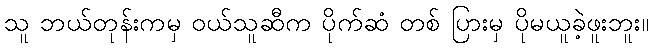
သူ ဘယ်တုန်းကမှ ဝယ်သူဆီက ပိုက်ဆံ တစ် ပြားမှ ပိုမယူခဲ့ဖူးဘူး။